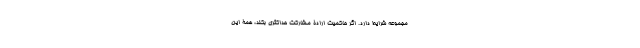
مجموعه شرایط دارد. اگر حاکمیت ارادۀ مشارکت حداکثری بکند، همۀ این